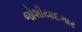
જોશીયાદગાર